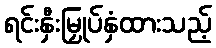
ရင်းနှီးမြှုပ်နှံထားသည့်